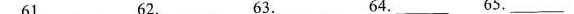
61.___ 62.___ 63.___ 64.___ 65.___